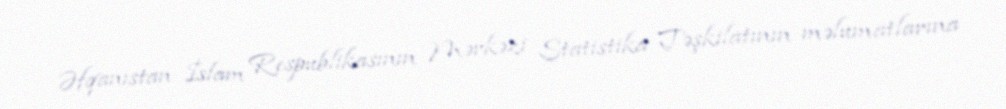
Əfqanıstan İslam Respublikasının Mərkəzi Statistika Təşkilatının məlumatlarına